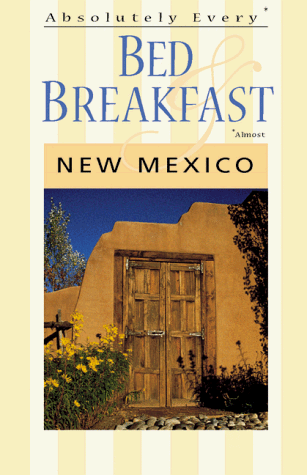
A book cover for Absolutely Every Bed & Breakfast : New Mexico; Carl Hanson; Travel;